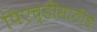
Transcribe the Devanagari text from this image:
पिएच्डीसाठीचे